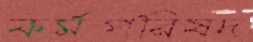
কর্মপরিষদ